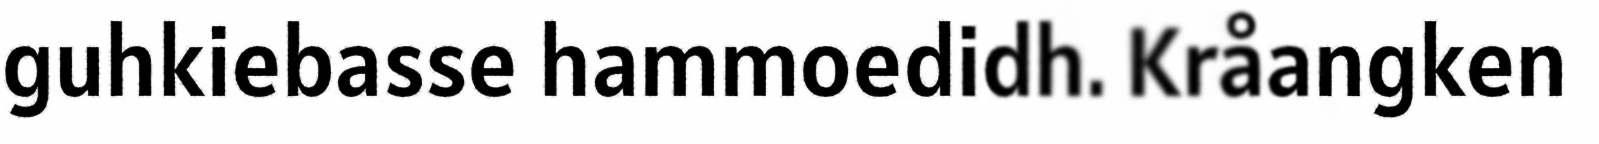
guhkiebasse hammoedidh. Kråangken